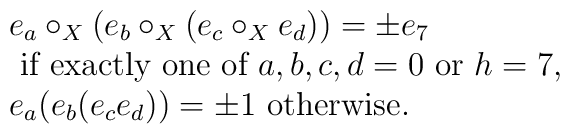
\begin{array}{l}e_{a}\circ_{X}(e_{b}\circ_{X}(e_{c}\circ_{X}e_{d})) = \pm e_{7} \\\mbox{ if exactly one of } a,b,c,d= 0 \mbox{ or } h=7, \\e_{a}(e_{b}(e_{c}e_{d}))=\pm 1\mbox{ otherwise. } \\\end{array}